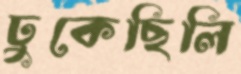
ঢুকেছিলি